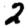
Digit: 2